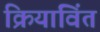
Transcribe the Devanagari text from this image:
क्रियाविंत